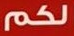
لكم